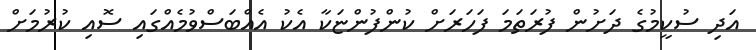
އަދި ސުކީމުގެ ދަށުން ފުރަތަމަ ފަހަރަށް ކުންފުންޏަކާ އެކު އެއްބަސްވުމެއްގައި ސޮއި ކުރުމަށް